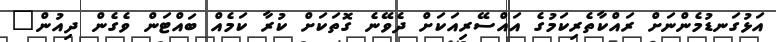
އަޅުގަނޑުމެންނަށް ރައްކާތެރިކަމުގެ އައްސޭރިއަކަށް ދެވޭނެ ގޮތަކަށް ކުރާ ކަމެއް ބައްޓަން ވެގެން ދިއުން"